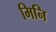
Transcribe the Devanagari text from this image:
मिनि